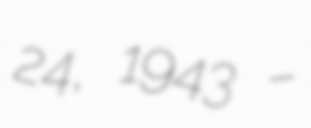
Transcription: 24, 1943 –